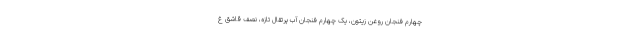
چهارم فنجان روغن زیتون، یک چهارم فنجان آب پرتقال تازه، نصف قاشق غ